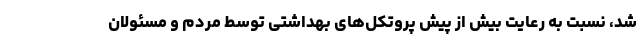
شد، نسبت به رعایت بیش از پیش پروتکل‌های بهداشتی توسط مردم و مسئولان